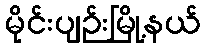
မိုင်းပျဉ်းမြို့နယ်